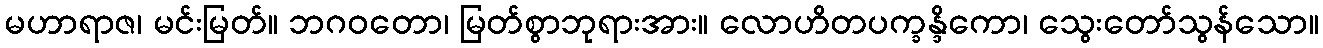
မဟာရာဇ၊ မင်းမြတ်။ ဘဂဝတော၊ မြတ်စွာဘုရားအား။ လောဟိတပက္ခန္ဒိကော၊ သွေးတော်သွန်သော။